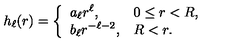
h _ { \ell } ( r ) = \left\{ \begin{array} { l l } { \displaystyle a _ { \ell } r ^ { \ell } , } & { 0 \leq r < R , } \\ { \displaystyle b _ { \ell } r ^ { - \ell - 2 } , } & { R < r . } \\ \end{array} \right.